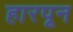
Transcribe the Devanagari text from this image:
हारपून